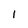
Character: l